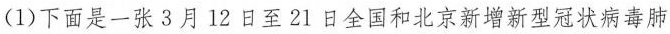
(1)下面是一张3月12日至21日全国和北京新增新型冠状病毒肺